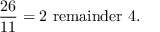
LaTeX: { \frac { 2 6 } { 1 1 } } = 2 { \mathrm { ~ r e m a i n d e r ~ } } 4 .